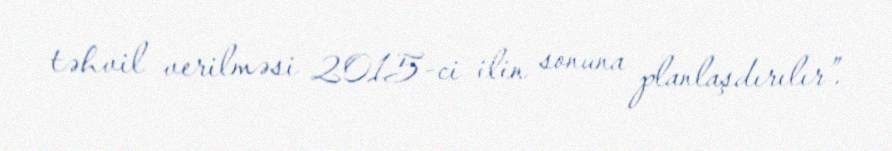
təhvil verilməsi 2015-ci ilin sonuna planlaşdırılır”.